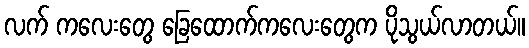
လက် ကလေးတွေ ခြေထောက်ကလေးတွေက ပိုသွယ်လာတယ်။